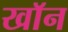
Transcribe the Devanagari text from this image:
खाॅन